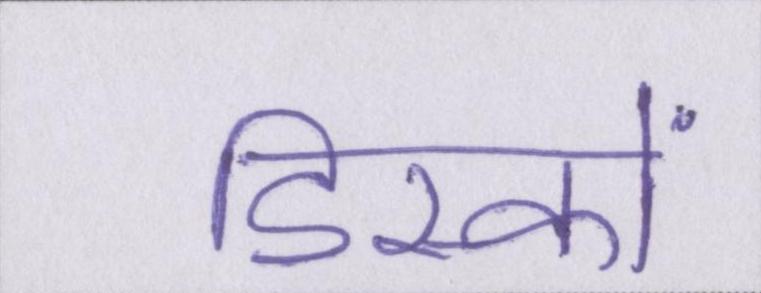
डिस्कों